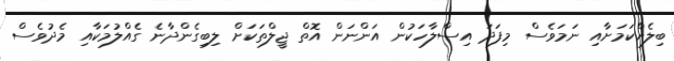
ބިލެއްކަމަށާއި ނަމަވެސް މިފަދަ އިސްލާހަކުން އަންނަން އޮތް ޖީލްތަކަށް ލިބިގެންދާނެ ގެއްލުމަކާއި މެދުވެސް